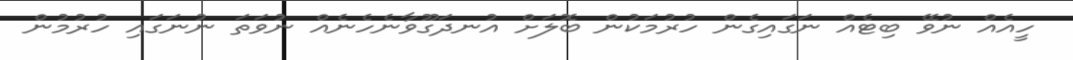
ހީއެއް ނުވޭ ބިޓެއް ނަގައިގެން ހުރުމަކުން ބޮލަށް އުނދަގޫވާނެހެނެއް ނުވަތަ ނުނަގައި ހުރުމުން